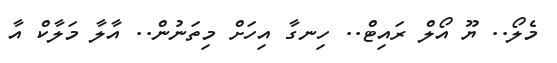
މެލޯ.. ޔޫ އޯލް ރައިޓް.. ހިނގާ އިހަށް މިތަނުން.. އާލާ މަލާކް އާ